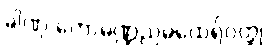
ခါဏု ကောမဏ္ဍညမထေရ်ဝတ္ထု